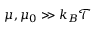
\mu , \mu _ { 0 } \gg k _ { B } \mathcal { T }